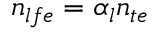
n _ { l f e } = \alpha _ { l } n _ { t e }